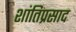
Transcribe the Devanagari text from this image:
शांतिप्रसाद